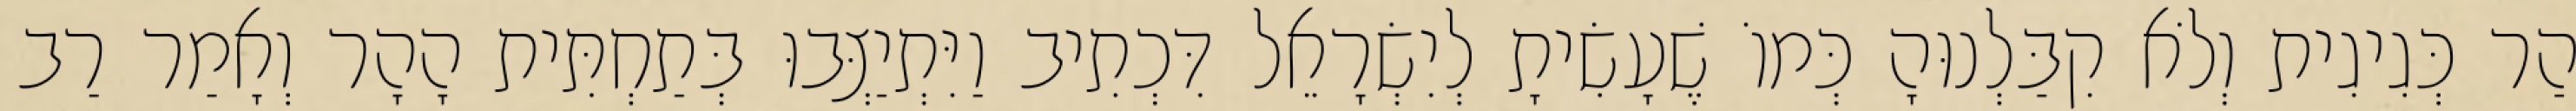
הַר כְּגִיגִית וְלֹא קִבַּלְנוּהָ כְּמוֹ שֶׁעָשִׂיתָ לְיִשְׂרָאֵל דִּכְתִיב וַיִּתְיַצְּבוּ בְּתַחְתִּית הָהָר וְאָמַר רַב